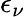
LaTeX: \epsilon_{\nu}